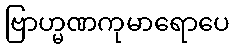
ဗြာဟ္မဏကုမာရောပေ